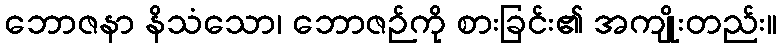
ဘောဇနာ နိသံသော၊ ဘောဇဉ်ကို စားခြင်း၏ အကျိုးတည်း။